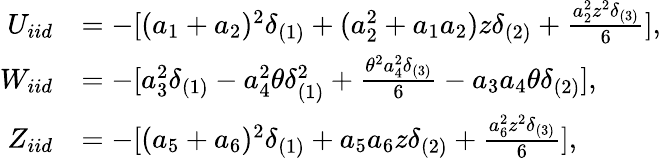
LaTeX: \begin{array}{rl}{U_{iid}}&{=-[(a_{1}+a_{2})^{2}\delta_{(1)}+(a_{2}^{2}+a_{1}a_{2})z\delta_{(2)}+\frac{a_{2}^{2}z^{2}\delta_{(3)}}{6}],}\\ {W_{iid}}&{=-[a_{3}^{2}\delta_{(1)}-a_{4}^{2}\theta\delta_{(1)}^{2}+\frac{\theta^{2}a_{4}^{2}\delta_{(3)}}{6}-a_{3}a_{4}\theta\delta_{(2)}],}\\ {Z_{iid}}&{=-[(a_{5}+a_{6})^{2}\delta_{(1)}+a_{5}a_{6}z\delta_{(2)}+\frac{a_{6}^{2}z^{2}\delta_{(3)}}{6}],}\end{array}